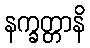
နက္ခတ္တာနိ